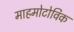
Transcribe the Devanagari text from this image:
माहमोटोविक